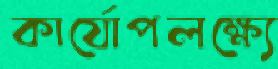
কার্যোপলক্ষ্যে